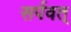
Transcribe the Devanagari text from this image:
सर्पवत्